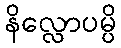
နိလ္လောပမ္ပိ